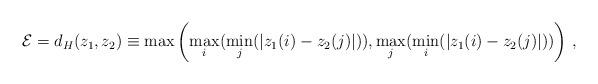
LaTeX: \begin{align*}{\cal E}=d_H(z_1,z_2)\equiv\max\left(\max_i(\min_j(|z_1(i)-z_2(j)|)),\max_j(\min_i(|z_1(i)-z_2(j)|))\right)\,,\end{align*}